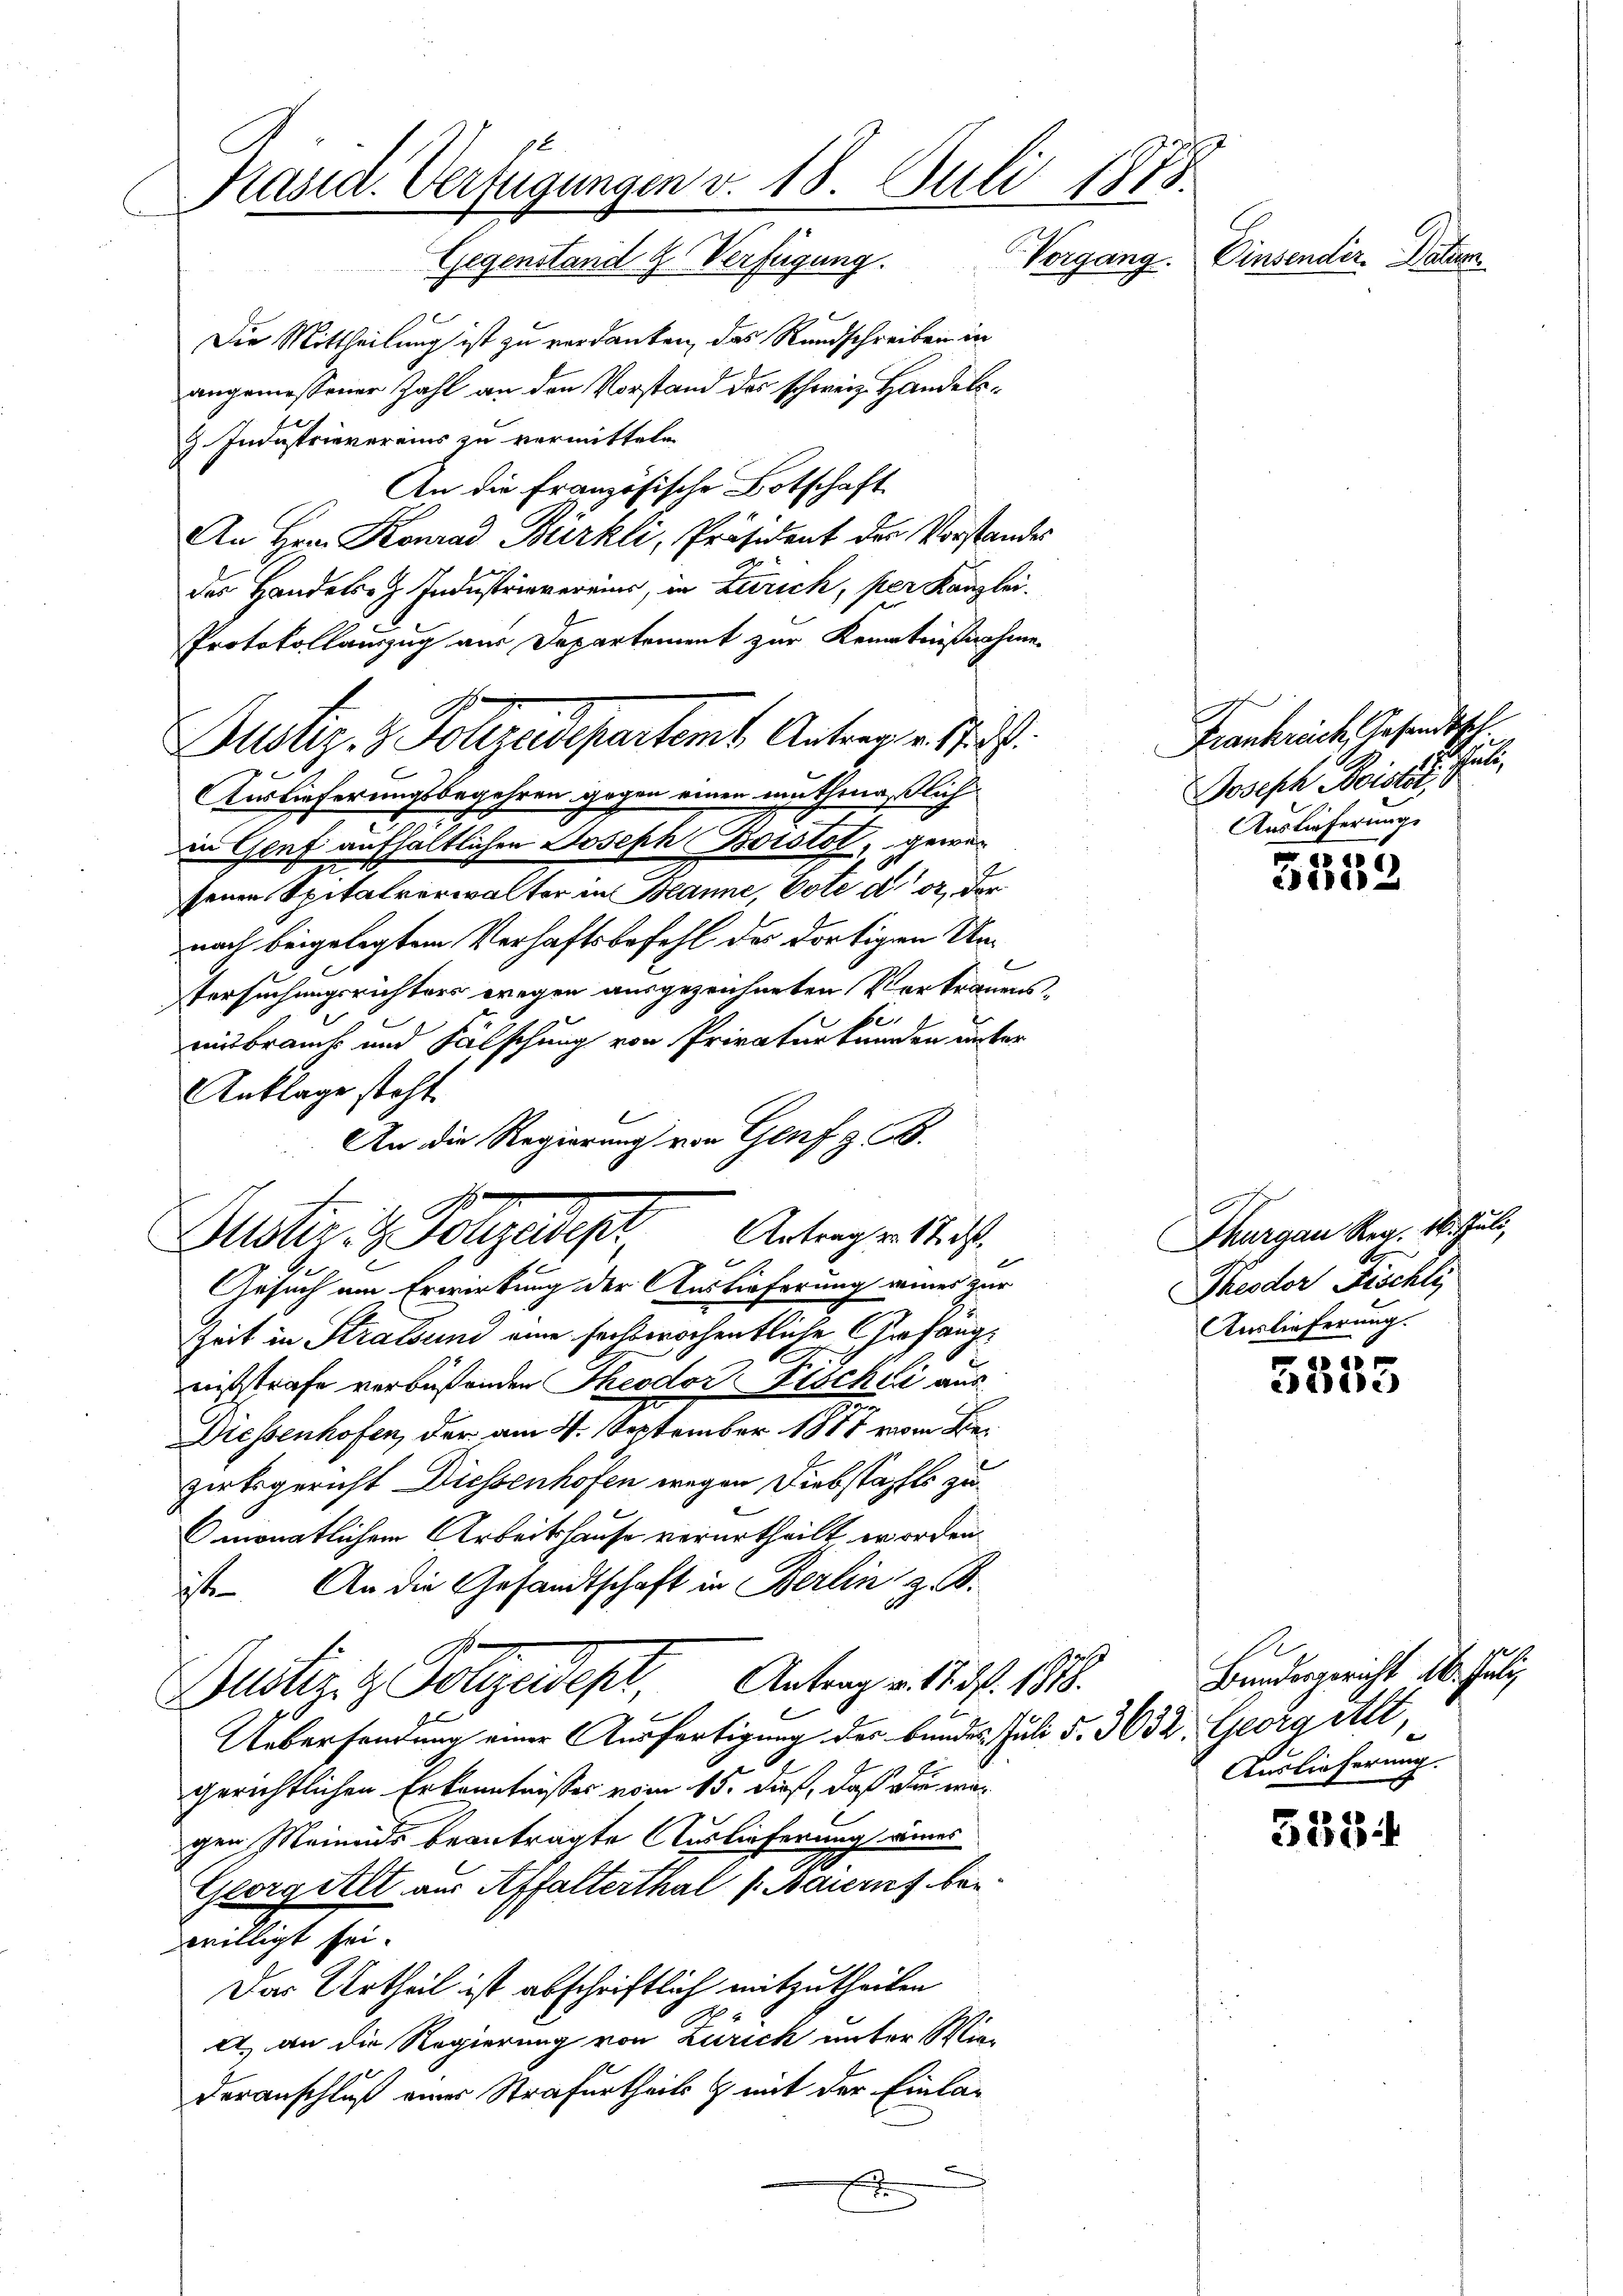
Präsid. Verfügungen v. 18. Juli 1888.
Einsender. Natur
Gegenstand u. Verfügung. Vorgang.

Die Mittheilung ist zu verdanken, das Rundschreiben in
angemessener Zahl an den Vorstand des schweiz. Handels¬
Z. Industrievereins zu vermitteln
An die Französische Botschaft
An Hrn. Konrad Bürkli, Präsident der Vorstandes
des Handels Industrievereins, in Zürich, per Kanzlei.
Protokollauszug aus Departement zur Kenntnißnahme
Auslieferungsbegehren gegen einen muthmaßlich
in Genf aufhältlichen Joseph Boistot, gewesenen Spitalverwalter in Banne, Pote d. 2, der
nach beigelegtem Verhaftsbefehl der dortigen Untersuchungsrichters wegen ausgezeichneten Vertrauens-
einbrauch und Fälschung von Privaturkunden unter
Anklage steht.
Gesuch am Erwirkung der Auslieferung einer zur
Zeit in Stralsund eine serbberochentliche Gefangnistrafe verbüßenden Theodor Beschli aus
n
Messenhofen, der am 4. September 1887 vom Bezirksgericht Diessenhofen wegen Diebstaffts zu
4
monatlichem Arbeitshause verurtheilt worden
ist. An die Gesandtschaft in Berlin z. B.
I
Dustiz & Polizeidept, Antrag v. d. 1818.
Uebersendung einer Ausfertigung des Bundes Juli 5. 3632. Georg alt,
gerichtlichen Erkenntnisses vom 15. dieß, daß die war
gen Meinends beantragte Auslieferung eines
Georgilt aus Affalterthal ( Baiern bei
willigt sei.
Das Urtheil ist abschriftlich mitzutheilen
A., an die Regierung von Zürich unter Wiederanschluß eines Strafurtheils & mit der Einlad
x

Justiz- & Vollzudepartemb. Antrag u. s.

An die Regierung von Genf z. B.
Guster H. Polizeidigt, Antragen Stu

605.
idire

5523

5354

Frankrech Gesandttl.
Joseph Bistet
Auslieferungs

Thurgau Reg. 16. Juli,
Theodor Fischli,
Auslieferung.

u

Bundesgericht 16. Juli
Auslieferung.